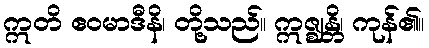
ဣတိ ဧဝမာဒီနိ၊ တို့သည်။ ဣဇ္ဈန္တိ၊ ကုန်၏။